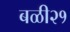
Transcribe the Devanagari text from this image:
बळी२१